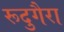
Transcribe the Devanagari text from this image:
रूदुगैरा